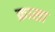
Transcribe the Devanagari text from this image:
क्रासा